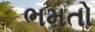
ભમતો